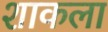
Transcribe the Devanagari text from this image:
शाकला